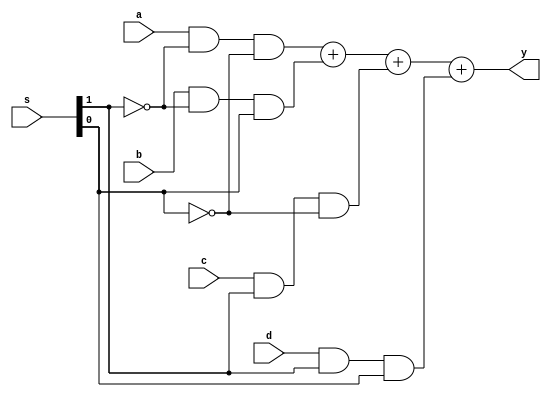
module mux (
	input a, 
	input b, 
	input c, 
	input d, 
	input [1:0] s, 
	output y
);
    assign y = (a & ~s[1] & ~s[0]) + (b & ~s[1] & s[0]) + (c & s[1] & ~s[0]) + (d & s[1] & s[0]);
endmodule